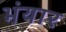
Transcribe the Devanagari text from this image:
भंयार